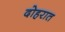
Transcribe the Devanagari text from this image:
दोहरात